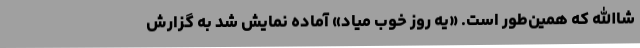
شاالله که همین‌طور است. «یه روز خوب میاد» آماده نمایش شد به گزارش